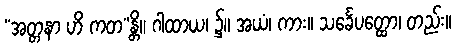
“အတ္တနာ ဟိ ကတ”န္တိ။ ဂါထာယ၊ ၌။ အယံ၊ ကား။ သင်္ခေပတ္ထော၊ တည်း။